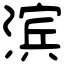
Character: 滨